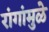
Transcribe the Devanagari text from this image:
रांगांमुळे